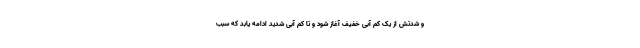
و شدتش از یک کم آبی خفیف آغاز شود و تا کم آبی شدید ادامه یابد که سبب